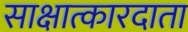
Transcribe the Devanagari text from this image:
साक्षात्कारदाता